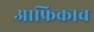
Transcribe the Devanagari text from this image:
आफ्रिकाच